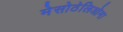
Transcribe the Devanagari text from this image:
मेसोठेलिओमा